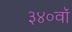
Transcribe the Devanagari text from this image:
३४०वॉ